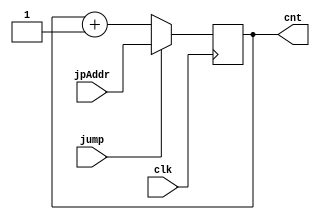
// ============================================================================
//   Ver  :| Author					:| Mod. Date :| Changes Made:
//   V1.0 :| viCppDev			   :| 28/01/2021:| 8bit Counter
//   V2.0 :| viCppDev			   :| 07/02/2021:| Added jumps
// ============================================================================

module Counter (input clk, output wire [7:0] cnt, input wire [7:0] jpAddr, input wire jump);

	reg [7:0] register;
	
	assign cnt = register;	
	
	always @(posedge(clk)) begin
		if(jump)
			register = jpAddr;
		else
			register = register + 1;
	end

endmodule